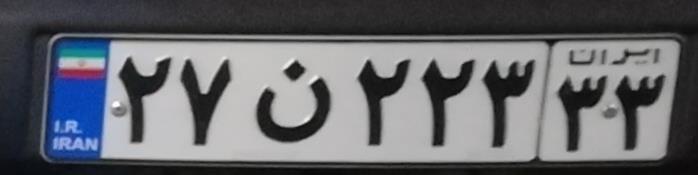
۲۷ن۲۲۳۳۳